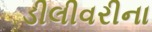
ડીલીવરીના